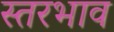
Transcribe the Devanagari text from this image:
स्तरभाव